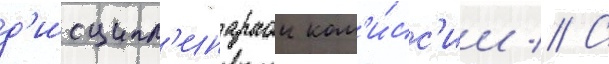
д'исципл'инарнои ком'и́сс'ии // С